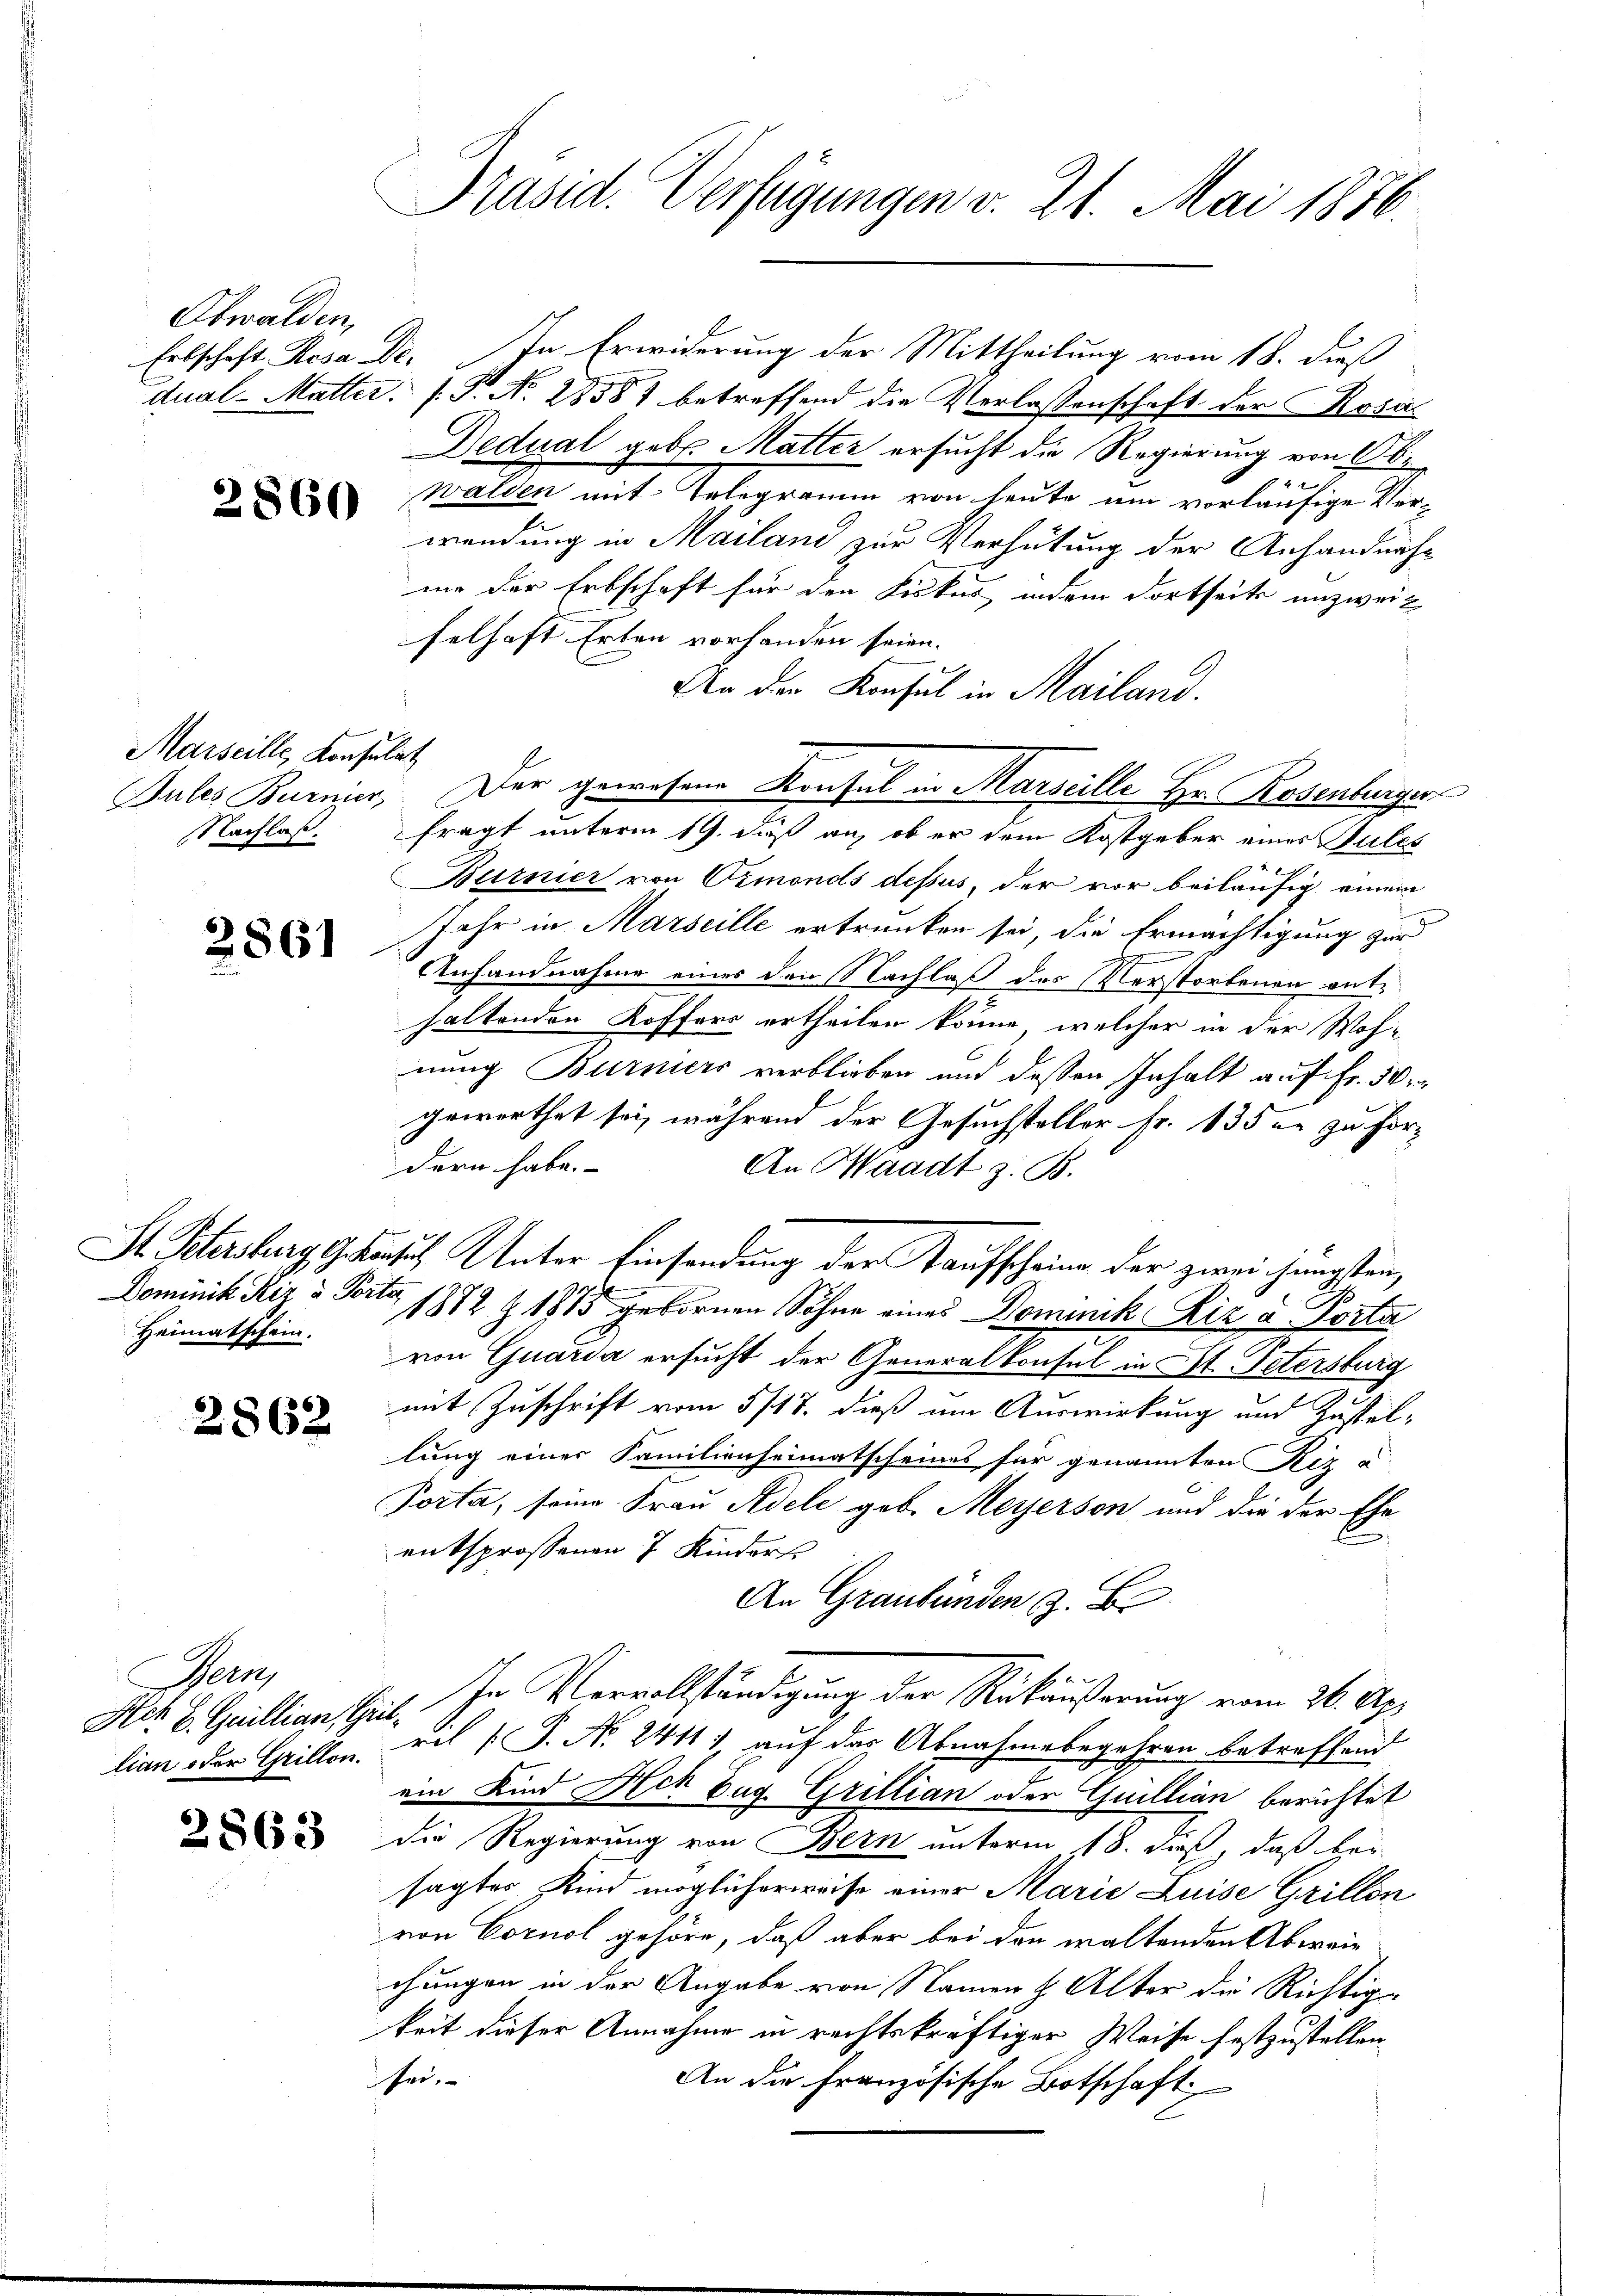
Obwalden,

2860

Marseille, Konsulat

2861

Heimatschein.

2862

Bern,

2863

Erbschaft Rosa Dr. In Erwiderung der Mittheilung vom 18. dieß
dual- Mutter. (T. N. 28581 betreffend die Verlassenschaft der Kosa
Dedual geb. Matter ersucht die Regierung von 6 bi
walden mit Telegramm von heute um vorläufige Verwendung in Mailand zur Verhütung der Anhandnahme der Erbschaft für den Fiskus, indem dortseits unzweit
felhaft Erben vorhanden seien.
An der Konsul in Mailand.
Jules Burnier, Der gewesene Konsul in Marseille Hr. Rosenburger
Nachlaß. fragt unterm 19. daß an, ob er dem Kostgeber eines Gutes
Burnier von Ormonds dessus, der vor beiläufig einem
Jahr in Marseille ertrunken sei, die Ermächtigung zur
Anhandnahme einer den Nachlaß des Verstorbenen enthaltenden Koffers ertheilen könne, welcher in der Woh-
nung Burniers verblieben und dessen Inhalt auf Fr. 30.
gewerthet sei, während der Gesuchsteller Fr. 135 in zu fordern habe.
An Waadt z. B.
St. Petersburg, Gesuch Unter Einsendung der Taufscheine der zwei jüngsten,
Dominik Riz & Porte 1882 Z 1815 gebornen Söhne eines Dominik Die a Porta
von Quarda ersucht der Generalkonsul in St. Petersburg
mit Zuschrift vom 5/17. dieß um Auswirkung und Zustellung einer Familienheimatscheines für genannten Piz a
Porta, seine Frau Adele geb. Meyerson und die der Ehe
entsprossenen 7 Kinder
An Graubünden z. B.
Str. B. Geillian Zeit. In Vervollständigung der Rückäußerung vom 26. Apr
lian oder Grillen, vil (T. N. 2411, auf das Abnahmebegehren betreffend
ein Kind Ach Zug Grillian oder Guillian berichtet
die Regierung von Bern unterm 18. dieß, daß bei
sagtes Kind möglicherweise einer Marie Luise Grillen
von Cornol gehöre, daß aber bei den waltenden Abweichungen in der Angabe von Namen & Alter die Richtig
keit dieser Annahme in rechtskräftiger Weise festzustellen
hei.
An die Französische Botschaft

Präsid. Verfügungen v. 21. Mai 1876.